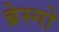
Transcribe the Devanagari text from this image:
ब्रेस्गो